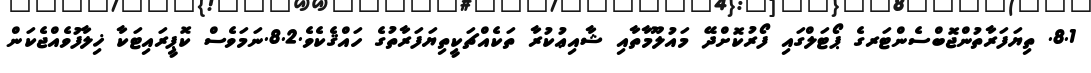
8.1. ތިޔަފަރާތުންޖޮބްސެންޓަރގެ ޕޯޓަލްގައި ފޯރުކޮށްދޭ މައުލޫމާތާއި ޝާއިޢުކުރާ ތަކެއްޗަކީތިޔަފަރާތުގެ ހައްޤެކެވެ.8.2.ނަމަވެސް ކޮޕީރައިޓަކާ ޚިލާފުވެއްޖެކަން